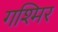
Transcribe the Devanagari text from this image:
गश्मिर